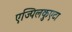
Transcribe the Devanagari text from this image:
एज्पिलकुएटा